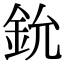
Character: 鈗